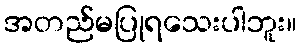
အတည်မပြုရသေးပါဘူး။